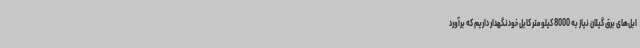
ابل‌های برق گیلان نیاز به 8000 کیلومتر کابل خودنگهدار داریم که برآورد